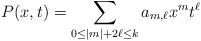
LaTeX: \begin{align*}P(x,t) = \sum_{0\le |m|+2\ell\le k} a_{m,\ell} x^m t^\ell\end{align*}